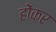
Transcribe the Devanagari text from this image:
होंकर